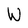
Character: W